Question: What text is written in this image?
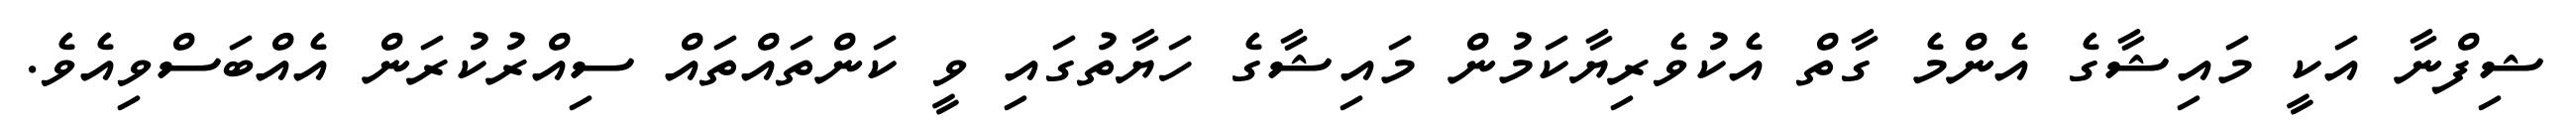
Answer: ޝިފްނާ އަކީ މައިޝާގެ އެންމެ ގާތް އެކުވެރިޔާކަމުން މައިޝާގެ ހަޔާތުގައި ވީ ކަންތައްތައް ސިއްރުކުރަން އެއްބަސްވިއެވެ.